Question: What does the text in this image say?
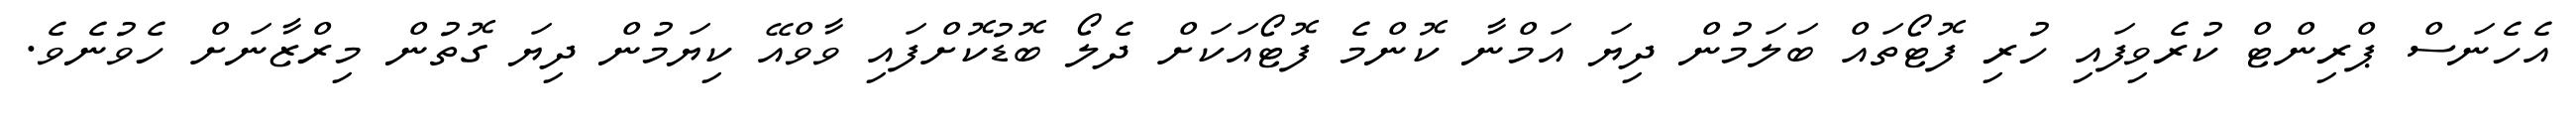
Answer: އެހެނަސް ޕްރިންޓް ކުރެވިފައި ހުރި ފޮޓޯތައް ބަލަމުން ދިޔަ އަމްނާ ކޮންމެ ފޮޓޯއަކަށް ދެލޯ ބޮޑުކޮށްފައި ވާވްއޭ ކިޔަމުން ދިޔަ ގޮތުން މިރްޒާނަށް ހެވުނެވެ.